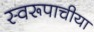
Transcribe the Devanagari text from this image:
स्वरूपाचीया